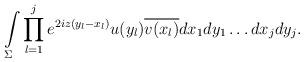
LaTeX: \begin{align*} \int\limits_{\Sigma} \prod_{l=1}^j e^{2iz(y_{l}-x_l)}u(y_{l}) \overline{v(x_{l})} dx_1dy_1\dots d x_{j} dy_j. \end{align*}